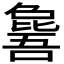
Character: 𣬕